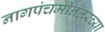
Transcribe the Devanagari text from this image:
नागपंचमीनंतरच्या